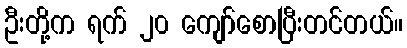
ဦးတို့က ရက် ၂၀ ကျော်စောပြီးတင်တယ်။